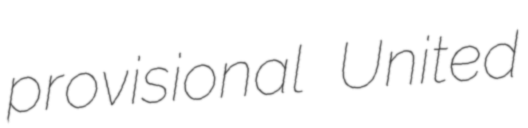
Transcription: provisional United